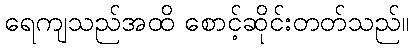
ရေကျသည်အထိ စောင့်ဆိုင်းတတ်သည်။